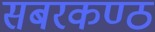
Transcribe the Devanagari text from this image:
सबरकण्ठ